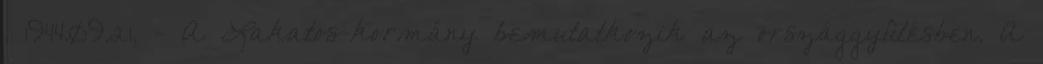
. 1944.09.21. - A Lakatos-kormány bemutatkozik az országgyûlésben. A